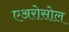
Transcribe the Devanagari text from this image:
एअरोसोल